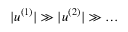
| \boldsymbol { u } ^ { ( 1 ) } | \gg | \boldsymbol { u } ^ { ( 2 ) } | \gg \ldots